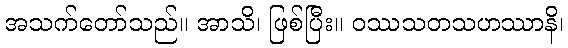
အသက်တော်သည်။ အာသိ၊ ဖြစ်ပြီး။ ဝဿသတသဟဿာနိ၊